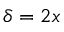
\delta = 2 x